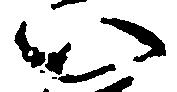
い